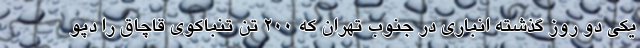
یکی دو روز گذشته انباری در جنوب تهران که 200 تن تنباکوی قاچاق را دپو